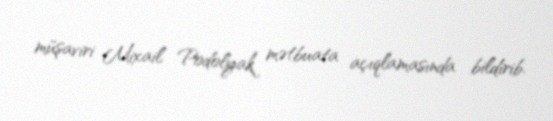
müşaviri Mixail Podolyak mətbuata açıqlamasında bildirib.